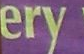
ery